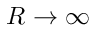
R \to \infty